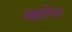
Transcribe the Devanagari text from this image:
ख्होज